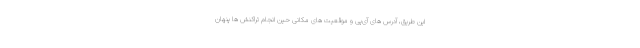
این طریق، آدرس های آی‌پی و موقعیت های مکانی حین انجام تراکنش ها پنهان